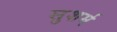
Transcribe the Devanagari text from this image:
सुशर्म